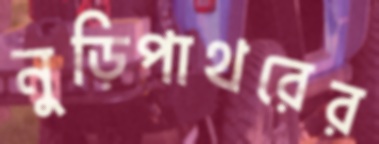
নুড়িপাথরের